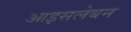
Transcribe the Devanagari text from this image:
आइसलेबन